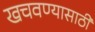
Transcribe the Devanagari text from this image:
खचवण्यासाठी